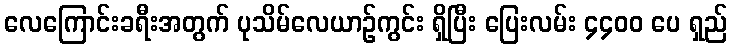
လေကြောင်းခရီးအတွက် ပုသိမ်လေယာဉ်ကွင်း ရှိပြီး ပြေးလမ်း ၄၄၀၀ ပေ ရှည်